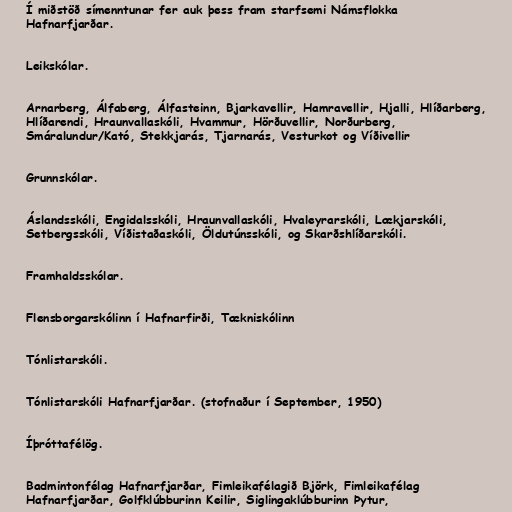
Í miðstöð símenntunar fer auk þess fram starfsemi Námsflokka
Hafnarfjarðar.

Leikskólar.

Arnarberg, Álfaberg, Álfasteinn, Bjarkavellir, Hamravellir, Hjalli, Hlíðarberg,
Hlíðarendi, Hraunvallaskóli, Hvammur, Hörðuvellir, Norðurberg,
Smáralundur/Kató, Stekkjarás, Tjarnarás, Vesturkot og Víðivellir

Grunnskólar.

Áslandsskóli, Engidalsskóli, Hraunvallaskóli, Hvaleyrarskóli, Lækjarskóli,
Setbergsskóli, Víðistaðaskóli, Öldutúnsskóli, og Skarðshlíðarskóli.

Framhaldsskólar.

Flensborgarskólinn í Hafnarfirði, Tækniskólinn

Tónlistarskóli.

Tónlistarskóli Hafnarfjarðar. (stofnaður í September, 1950)

Íþróttafélög.

Badmintonfélag Hafnarfjarðar, Fimleikafélagið Björk, Fimleikafélag
Hafnarfjarðar, Golfklúbburinn Keilir, Siglingaklúbburinn Þytur,